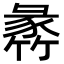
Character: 𥯵